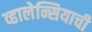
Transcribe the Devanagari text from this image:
व्हालेन्सियाची